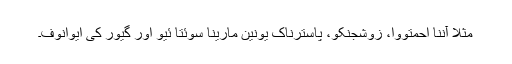
مثلاً آننا احمتووا، زوشجنکو، پاسترناک یونین مارینا سوئتا ئیو اور گیور کی ایوانوف۔